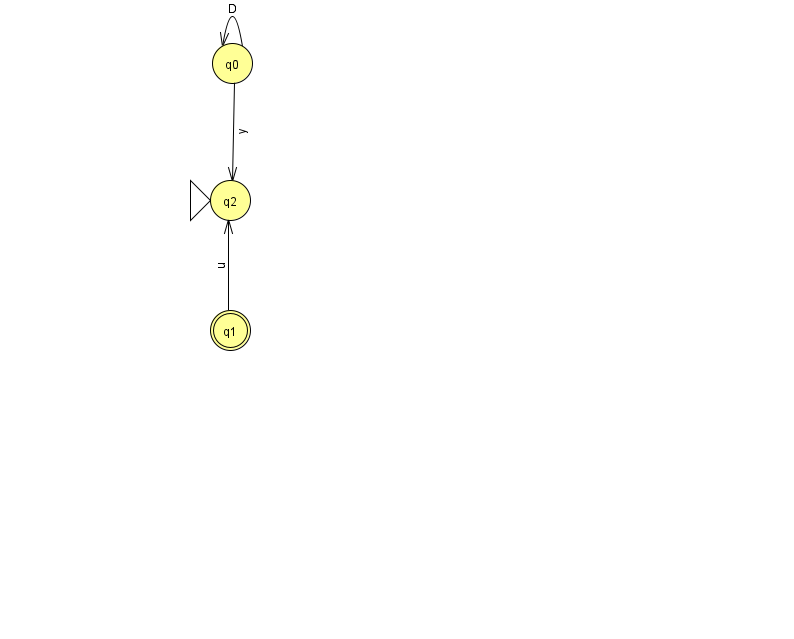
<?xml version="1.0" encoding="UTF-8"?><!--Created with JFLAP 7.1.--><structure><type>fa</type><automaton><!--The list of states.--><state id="0" name="q0"><x>232.0</x><y>50.0</y></state><state id="1" name="q1"><x>230.0</x><y>317.0</y><final/></state><state id="2" name="q2"><x>230.0</x><y>187.0</y><initial/></state><!--The list of transitions.--><transition><from>0</from><to>2</to><read>y</read></transition><transition><from>0</from><to>0</to><read>D</read></transition><transition><from>1</from><to>2</to><read>u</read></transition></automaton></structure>